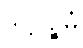
ဒိဋ္ဌိပဉ္စမံ